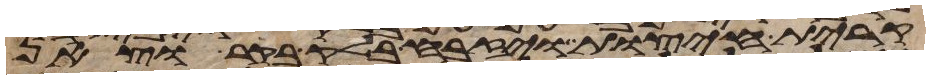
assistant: קרית חיצות ויזבח בלק בקר וצאן